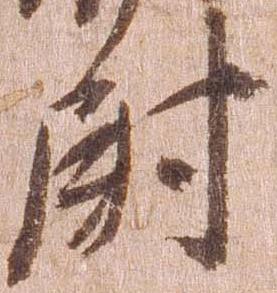
尉